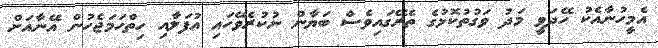
އެމީހުނާއެކު ހޭދަވީ މަދު ވަގުތުކޮޅުގެ ތެރޭގައިވެސް ބަޔާން ނުކުރެވޭހައި އުފަލާއި ހިތްހަމަޖެހުން އޭނާއަށް